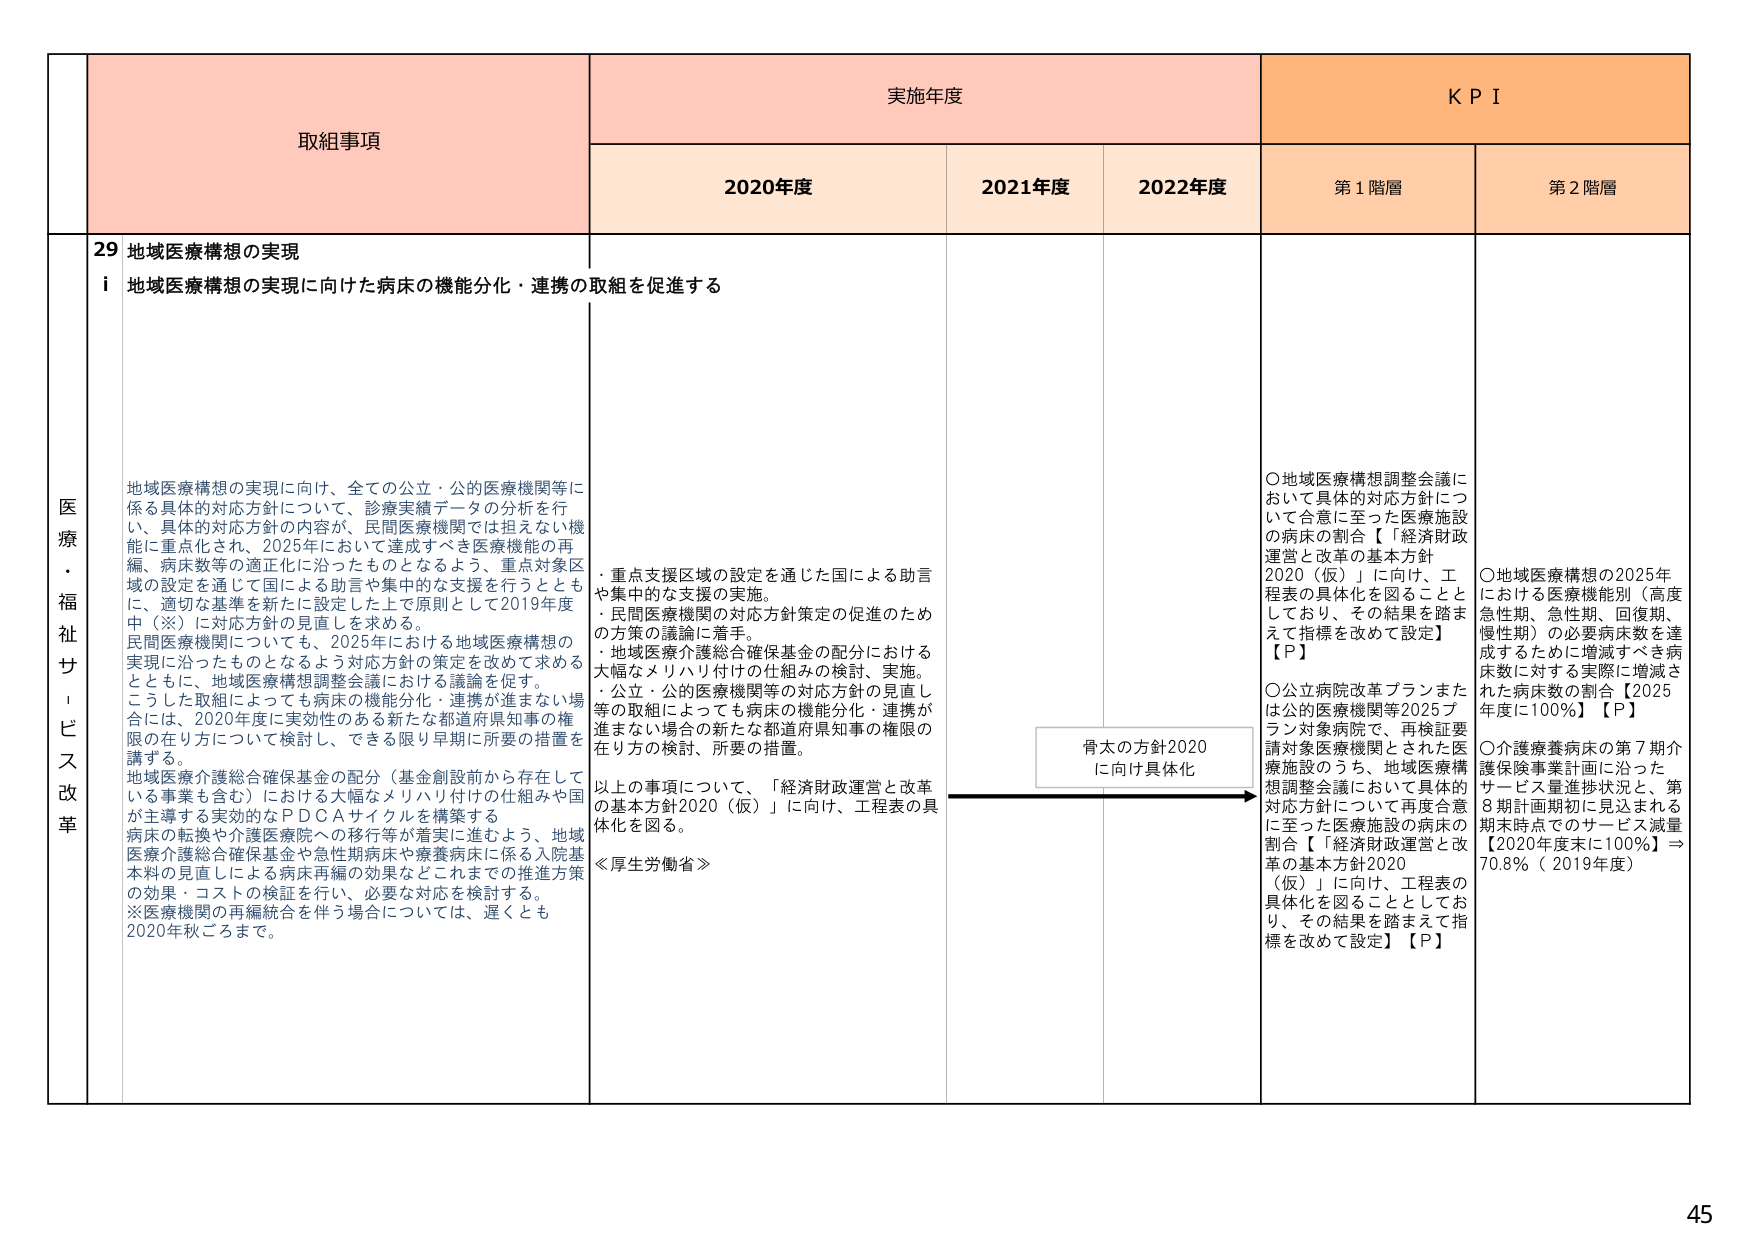
医療・福祉サービス改革
取組事項
実施年度
KPI
2020年度
2021年度
2022年度
第1階層
第2階層
29 地域医療構想の実現
i 地域医療構想の実現に向けた病床の機能分化・連携の取組を促進する
地域医療構想の実現に向け、全ての公立・公的医療機関等に係る具体的対応方針について、診療実績データの分析を行い、具体的対応方針の内容が、民間医療機関では担えない機能に重点化され、2025年に沿って達成すべき医療機能の再編、病床数等の適正化に沿ったものとなるよう、重点対象区域の設定を通じて国による助言や集中的な支援を行うとともに、適切な基準を新たに設定した上で原則として2019年度中（※）に対応方針の見直しを求める。
民間医療機関についても、2025年における地域医療構想の実現に沿ったものとなるよう対応方針の策定を改めて求めるとともに、地域医療構想調整会議における議論を促す。
こうした取組によっても病床の機能分化・連携が進まない場合には、2020年度に実効性のある新たな都道府県知事の権限の在り方について検討し、できる限り早期に所要の措置を講ずる。
地域医療介護総合確保基金の配分（基金創設前から存在している事業も含む）における大幅なメリハリ付けの仕組みや国が主導する実効的なPDCAサイクルを構築する
病床の転換や介護医療院への移行等が着実に進むよう、地域医療介護総合確保基金や急性期病床や療養病床に係る入院基本料の見直しによる病床再編の効果などこれまでの推進方策の効果・コストの検証を行い、必要な対応を検討する。
※医療機関の再編統合を伴う場合には、遅くとも2020年秋ごろまで。
・重点支援区域の設定を通じた国による助言や集中的な支援の実施。
・民間医療機関の対応方針策定の促進のための方策の議論に着手。
・地域医療介護総合確保基金の配分における大幅なメリハリ付けの仕組みの検討、実施。
・公立・公的医療機関等の対応方針の見直し等の取組によっても病床の機能分化・連携が進まない場合の新たな都道府県知事の権限の在り方の検討、所要の措置。
以上の事項について、「経済財政運営と改革の基本方針2020（仮）」に向け、工程表の具体化を図る。
≪厚生労働省≫
骨太の方針2020に向け具体化
○地域医療構想調整会議において具体的対応方針について合意に至った医療施設の病床の割合【「経済財政運営と改革の基本方針2020（仮）」に向け、工程表の具体化を図ることとしており、その結果を踏まえて指標を改めて設定】【P】
○公立病院改革プランまたは公的医療機関等2025プラン対象病院で、再検証要請対象医療機関とされた医療施設のうち、地域医療構想調整会議において具体的対応方針について再度合意に至った医療施設の病床の割合【「経済財政運営と改革の基本方針2020（仮）」に向け、工程表の具体化を図ることとしており、その結果を踏まえて指標を改めて設定】【P】
○地域医療構想の2025年における医療機能別（高度急性期、急性期、回復期、慢性期）の必要病床数を達成するために増減すべき病床数に対する実際に増減された病床数の割合【2025年度に100％】【P】
○介護療養病床の第7期介護保険事業計画に沿ったサービス量進捗状況と、第8期計画期初に見込まれる期末時点で のサービス減量【2020年度末に100％】→70.8％（2019年度）
45